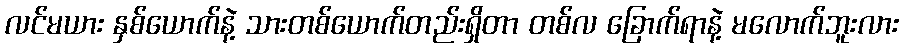
လင်မယား နှစ်ယောက်နဲ့ သားတစ်ယောက်တည်းရှိတာ တစ်လ ခြောက်ရာနဲ့ မလောက်ဘူးလား